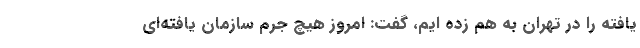
یافته را در تهران به هم زده ایم، گفت: امروز هیچ جرم سازمان یافته‌ای